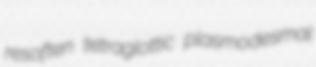
resoften tetraglottic plasmodesmal